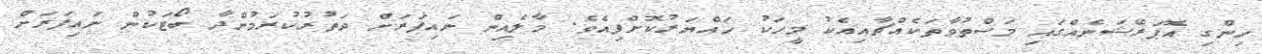
ހިންގި އޮޕަރޭޝަނެއްގައި މަސްތުވާތަކެއްޗާއިއެކު މީހަކު ހައްޔަރުކޮށްފިއެވެ. މާލެއިން ނައިފަރަށް ދަތުރުކުރަމުންދާ ބޯޓަކުން ނައިފަރަށް